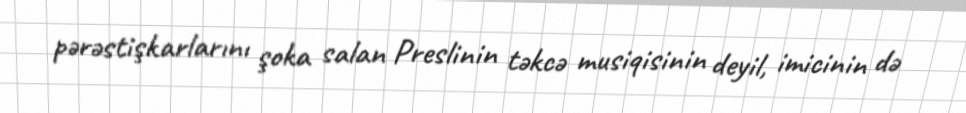
pərəstişkarlarını şoka salan Preslinin təkcə musiqisinin deyil, imicinin də